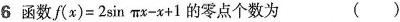
6 函数$$f(x)= 2\sin \pi x-x+1$$的零点个数为 ( )